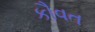
કૌવત